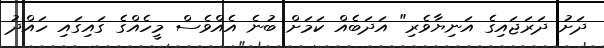
ދަށު ދަރަޖައިގެ އަނިޔާވެރި" އަދަބެއް ކަމަށް ބުނެ އެއްވެސް މީހެއްގެ ގައިގައި ހައްދު